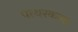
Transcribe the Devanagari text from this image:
पत्थरकला